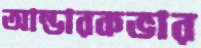
আন্ডারকভার